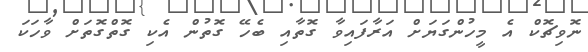
ނޮވިޗޮކް އެ މީހުންގަޔަށް އަރާފައިވާ ގޮތާއި ބެހޭ ގޮތުން އެކި ގޮތްގޮތަށް ވާހަކަ